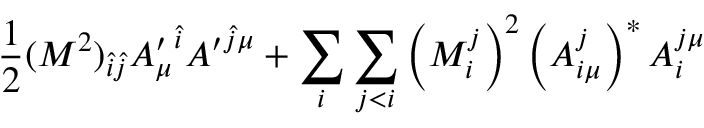
\frac { 1 } { 2 } ( M ^ { 2 } ) _ { \hat { i } \hat { j } } { A _ { \mu } ^ { \prime } } ^ { \hat { i } } { A ^ { \prime } } ^ { \hat { j } \mu } + \sum _ { i } \sum _ { j < i } \left( M _ { i } ^ { j } \right) ^ { 2 } \left( A _ { i \mu } ^ { j } \right) ^ { * } A _ { i } ^ { j \mu }